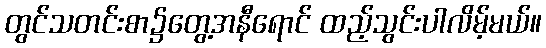
တွင်သတင်းစာ၌တွေ့အနီရောင် ထည့်သွင်းပါလိမ့်မယ်။